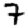
Digit: 7